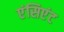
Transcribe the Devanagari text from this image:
एंसिएंट